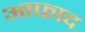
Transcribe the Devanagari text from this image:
आफाद